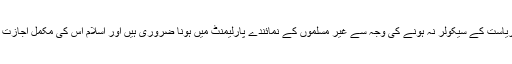
اسلامی ریاست کے سیکولر نہ ہونے کی وجہ سے غیر مسلموں کے نمائندے پارلیمنٹ میں ہونا ضروری ہیں اور اسلام اس کی مکمل اجازت دیتا ہے۔